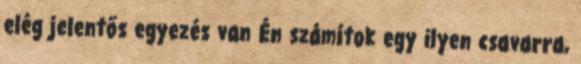
elég jelentős egyezés van Én számítok egy ilyen csavarra,